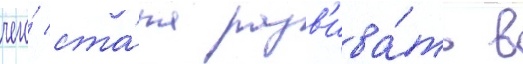
чего́ ста́ла разв'ива́ть в